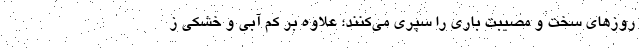
روزهای سخت و مصیبت باری را سپری می‌کنند؛ علاوه بر کم آبی و خشکی ز